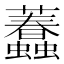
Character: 𧕷